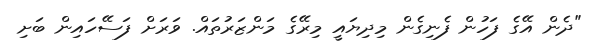
"ދެން އޭގެ ފަހުން ފެނިގެން މިދިޔައީ މިރޭގެ މަންޒަރުތައް. ވަރަށް ފަސޭހައިން ބަށި